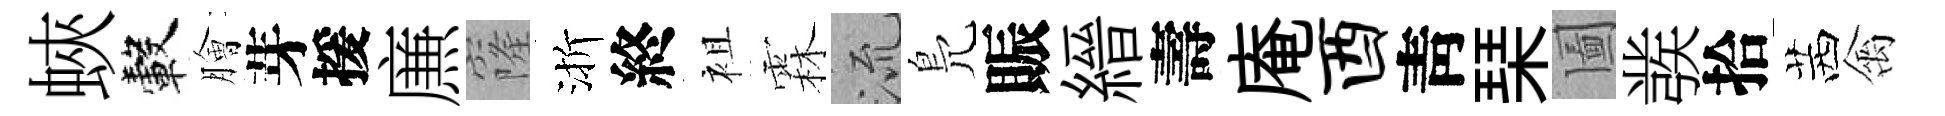
蛺轂膾芽援㢘窿渐終袓霖𣴑鳬賑縉壽庵酉靑琹圗彂拾茜禽